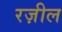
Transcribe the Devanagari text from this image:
रज़ील